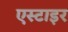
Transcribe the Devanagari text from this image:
एस्टाइर